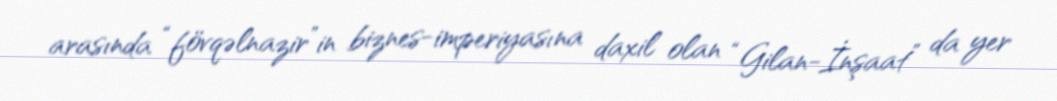
arasında “fövqəlnazir”in biznes-imperiyasına daxil olan “Gilan-İnşaat” da yer